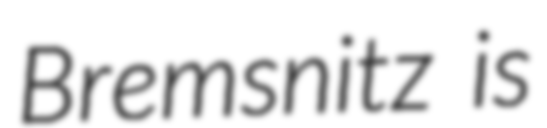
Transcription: Bremsnitz is